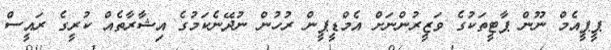
ޕީޕީއެމް ނޫން ޕާޓީތަކުގެ ވަޒީރުންނަށް އެމްޑީޕީން ރުހުން ނުދޭނެކަމުގެ އިޝާރާތެއް ކުރީގެ ރައީސް